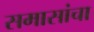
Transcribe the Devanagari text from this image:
समासांचा